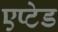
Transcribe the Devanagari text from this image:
एप्टेड